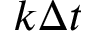
k \Delta t